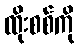
ထိုးစစ်ကို